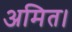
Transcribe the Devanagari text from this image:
अमित।